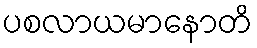
ပစလာယမာနောတိ